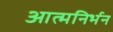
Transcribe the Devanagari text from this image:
आत्मनिर्भन